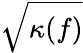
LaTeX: \sqrt{\kappa(f)}